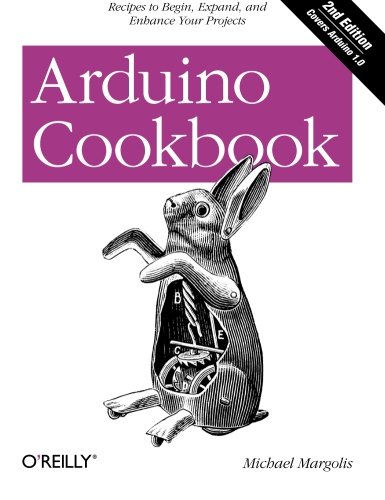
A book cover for Arduino Cookbook, 2nd Edition; Michael Margolis; Engineering & Transportation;